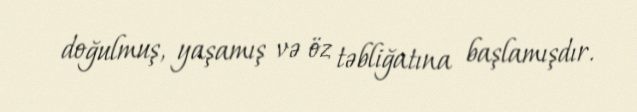
doğulmuş, yaşamış və öz təbliğatına başlamışdır.